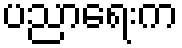
ပညာရေးက